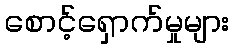
စောင့်ရှောက်မှုများ